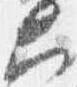
大